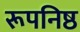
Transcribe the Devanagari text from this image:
रूपनिष्ठ